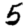
Digit: 5